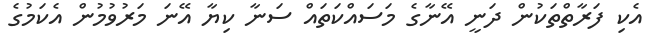
އެކި ފަރާތްތަކުން ދަނީ އޭނާގެ މަސައްކަތައް ސަނާ ކިޔާ އޭނަ މަރުވުމުން އެކަމުގެ